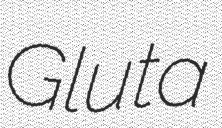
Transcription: Gluta